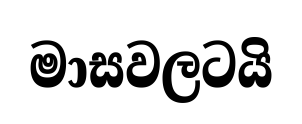
මාසවලටයි